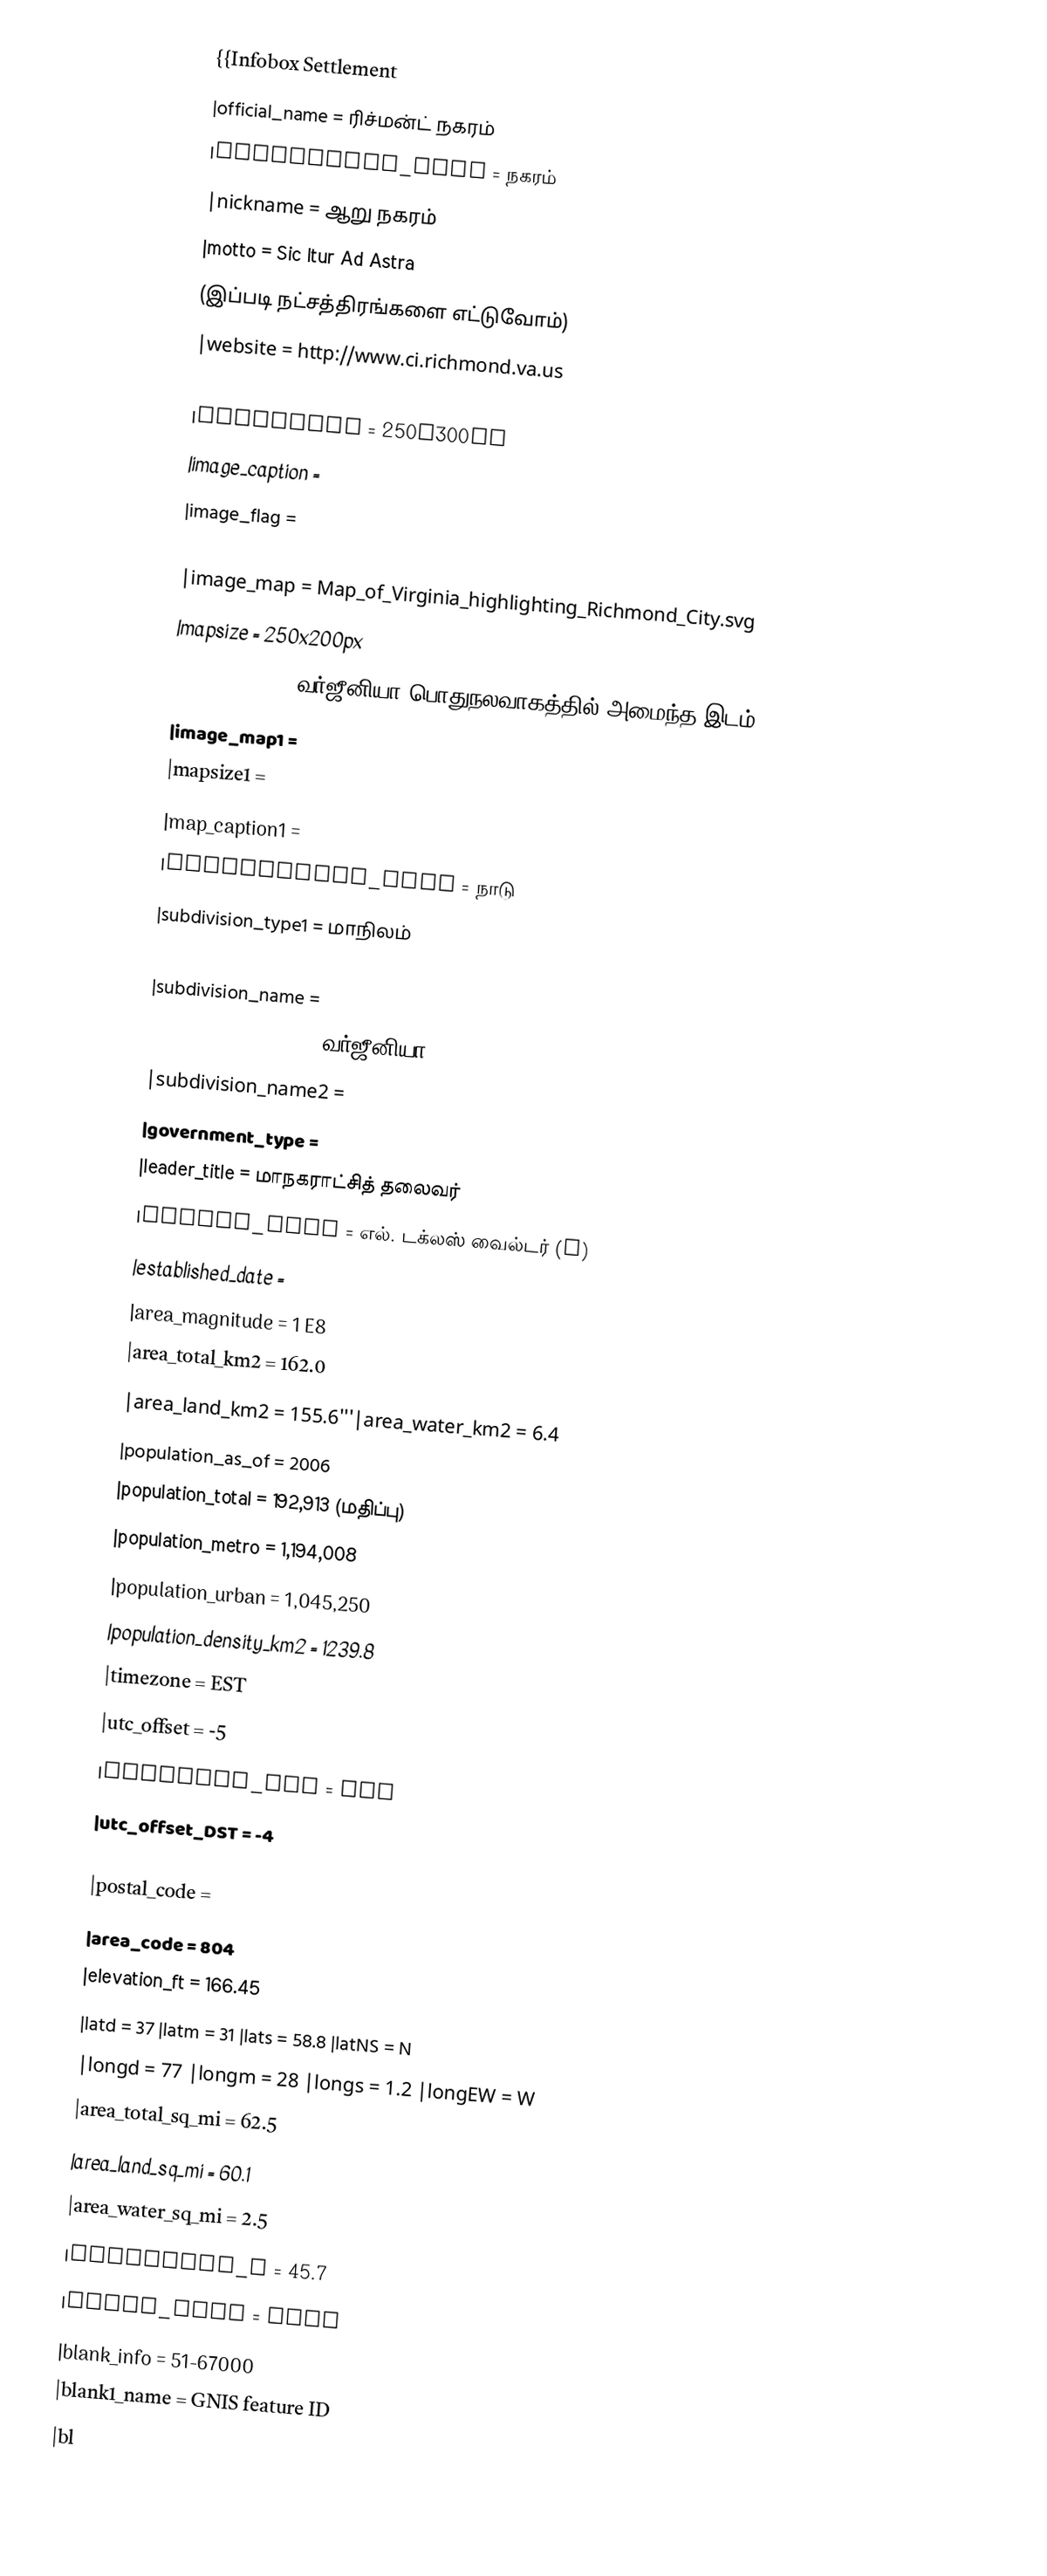
{{Infobox Settlement
|official_name            = ரிச்மன்ட் நகரம்
|settlement_type          = நகரம்
|nickname                 = ஆறு நகரம்
|motto                    = Sic Itur Ad Astra
(இப்படி நட்சத்திரங்களை எட்டுவோம்)
|website                  = http://www.ci.richmond.va.us
|image_skyline            = RichmondVa-NightSkyline.jpg
|imagesize                = 250x300px
|image_caption            =
|image_flag               =
|image_seal               =
|image_map                = Map_of_Virginia_highlighting_Richmond_City.svg
|mapsize                  = 250x200px
|map_caption              = வர்ஜீனியா பொதுநலவாகத்தில் அமைந்த இடம்
|image_map1               =
|mapsize1                 =
|map_caption1             =
|subdivision_type         = நாடு
|subdivision_type1        = மாநிலம்
|subdivision_type2        =
|subdivision_name         =
|subdivision_name1        = வர்ஜீனியா
|subdivision_name2        =
|government_type          =
|leader_title             = மாநகராட்சித் தலைவர்
|leader_name              = எல். டக்லஸ் வைல்டர் (I)
|established_date         =
|area_magnitude           = 1 E8
|area_total_km2           = 162.0
|area_land_km2            = 155.6'''|area_water_km2           = 6.4
|population_as_of         = 2006
|population_total         = 192,913 (மதிப்பு)
|population_metro         = 1,194,008
|population_urban                 = 1,045,250
|population_density_km2   = 1239.8
|timezone                 = EST
|utc_offset               = -5
|timezone_DST             = EDT
|utc_offset_DST           = -4
|postal_code_type         =
|postal_code              =
|area_code                = 804
|elevation_ft             = 166.45
|latd = 37 |latm = 31 |lats = 58.8 |latNS = N
|longd = 77 |longm = 28 |longs = 1.2 |longEW = W
|area_total_sq_mi         = 62.5
|area_land_sq_mi          = 60.1
|area_water_sq_mi         = 2.5
|elevation_m              = 45.7
|blank_name               = FIPS
|blank_info               = 51-67000
|blank1_name              = GNIS feature ID
|bl